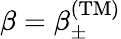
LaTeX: \beta=\beta_{\pm}^{\mathrm{(TM)}}